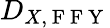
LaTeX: D_{X,\mathrm{~F~F~Y~}}